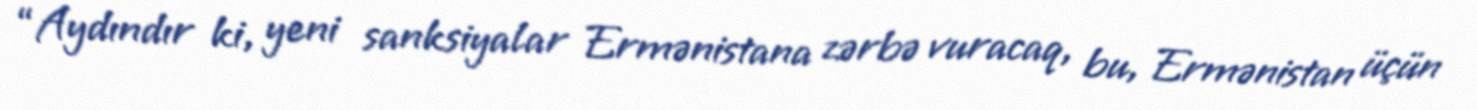
“Aydındır ki, yeni sanksiyalar Ermənistana zərbə vuracaq, bu, Ermənistan üçün